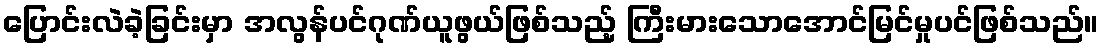
ပြောင်းလဲခဲ့ခြင်းမှာ အလွန်ပင်ဂုဏ်ယူဖွယ်ဖြစ်သည့် ကြီးမားသောအောင်မြင်မှုပင်ဖြစ်သည်။